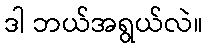
ဒါ ဘယ်အရွယ်လဲ။